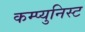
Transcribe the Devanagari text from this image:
कम्प्युनिस्ट